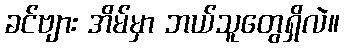
ခင်ဗျား အိမ်မှာ ဘယ်သူတွေရှိလဲ။